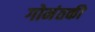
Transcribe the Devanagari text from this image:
गोमंतकी